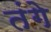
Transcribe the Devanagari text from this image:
तंगे